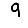
Digit: 9